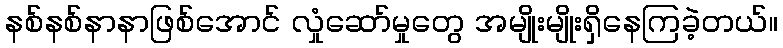
နစ်နစ်နာနာဖြစ်အောင် လှုံဆော်မှုတွေ အမျိုးမျိုးရှိနေကြခဲ့တယ်။